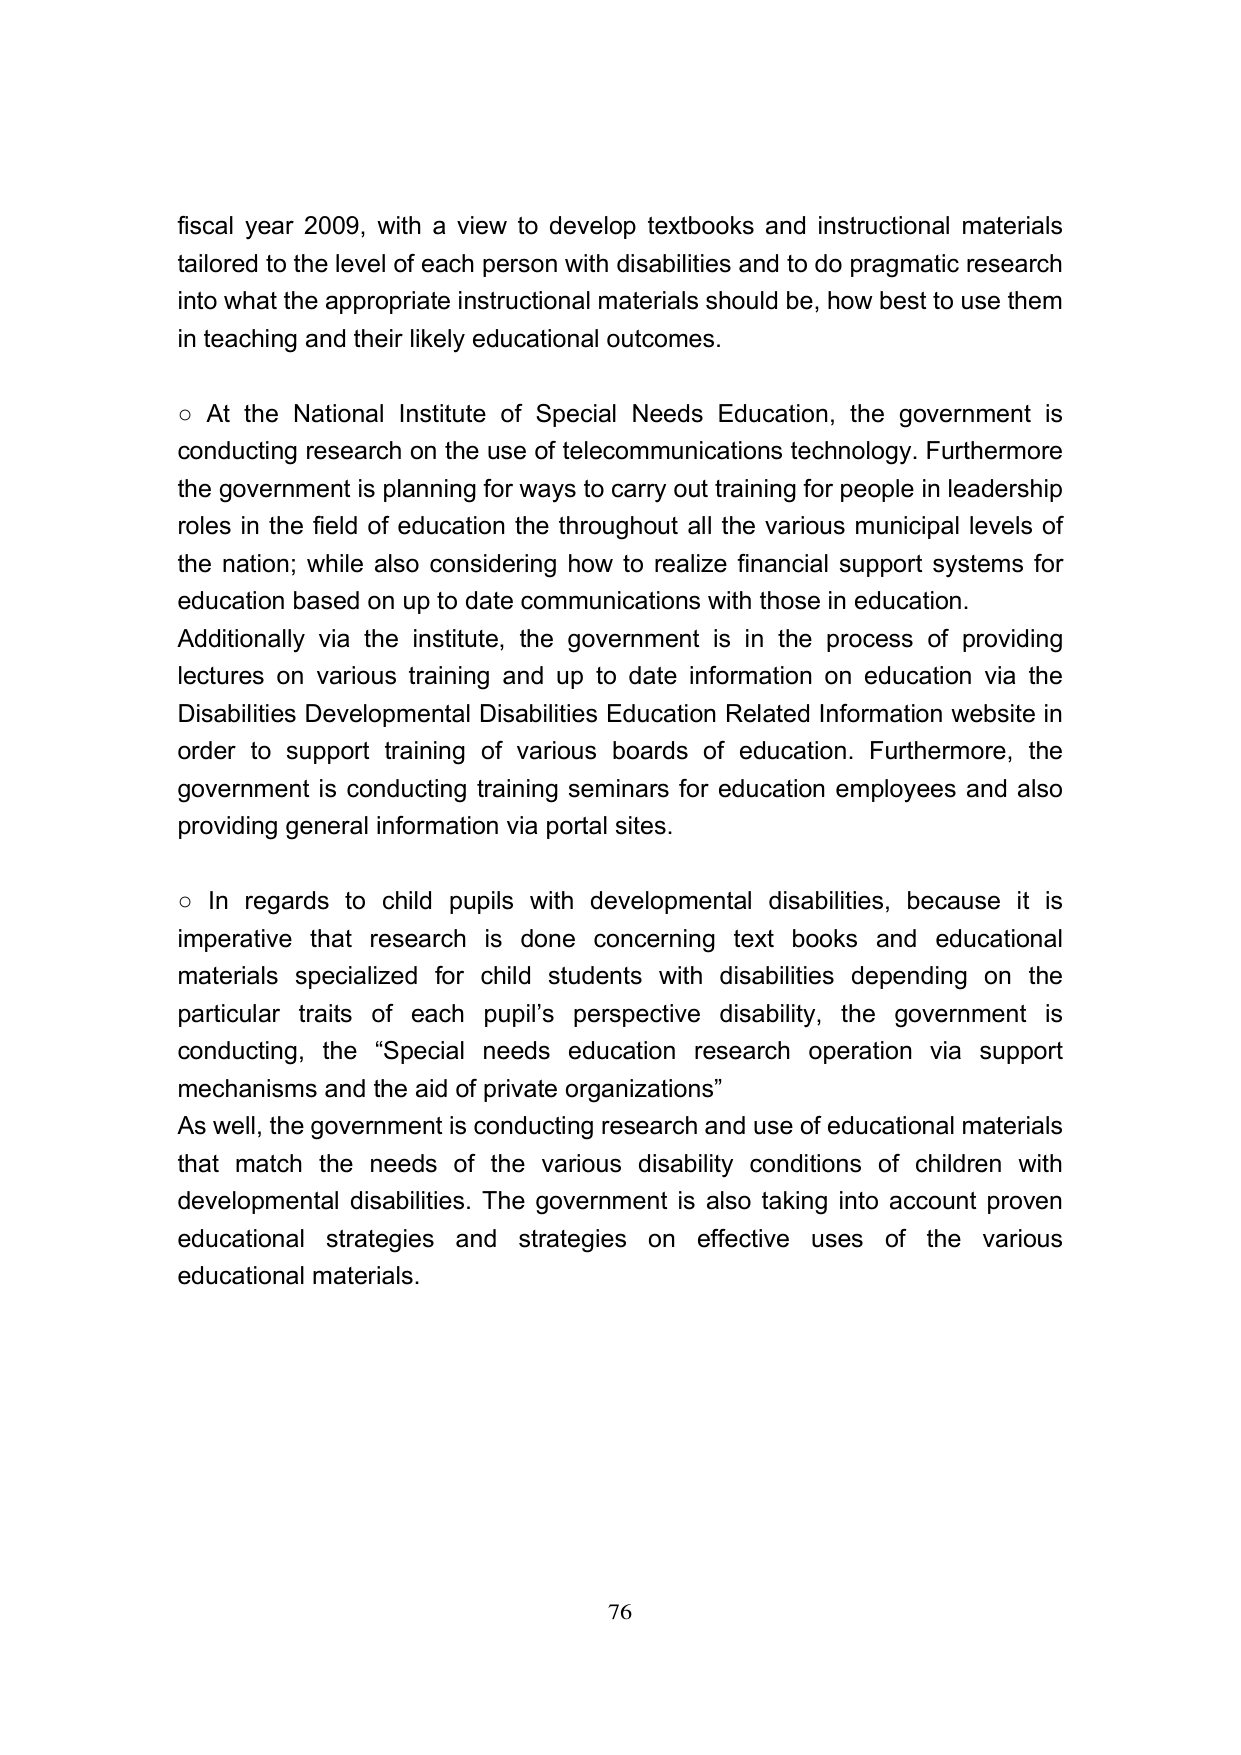
fiscal year 2009, with a view to develop textbooks and instructional materials tailored to the level of each person with disabilities and to do pragmatic research into what the appropriate instructional materials should be, how best to use them in teaching and their likely educational outcomes.

○ At the National Institute of Special Needs Education, the government is conducting research on the use of telecommunications technology. Furthermore the government is planning for ways to carry out training for people in leadership roles in the field of education the throughout all the various municipal levels of the nation; while also considering how to realize financial support systems for education based on up to date communications with those in education. Additionally via the institute, the government is in the process of providing lectures on various training and up to date information on education via the Disabilities Developmental Disabilities Education Related Information website in order to support training of various boards of education. Furthermore, the government is conducting training seminars for education employees and also providing general information via portal sites.

○ In regards to child pupils with developmental disabilities, because it is imperative that research is done concerning text books and educational materials specialized for child students with disabilities depending on the particular traits of each pupil's perspective disability, the government is conducting, the “Special needs education research operation via support mechanisms and the aid of private organizations” As well, the government is conducting research and use of educational materials that match the needs of the various disability conditions of children with developmental disabilities. The government is also taking into account proven educational strategies and strategies on effective uses of the various educational materials.

76